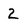
Character: 2